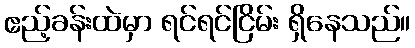
ဧည့်ခန်းထဲမှာ ရင်ရင်ငြိမ်း ရှိနေသည်။